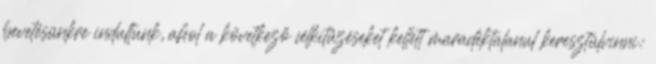
bevetésünkre indultunk, ahol a következő célkitűzéseket kellett maradéktalanul keresztülvinni: